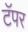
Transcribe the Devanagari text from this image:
टॅपर